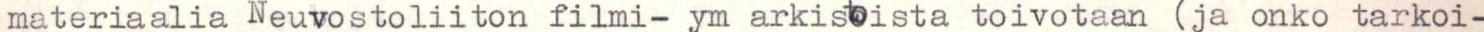
materiaalia Neuvostoliiton filmi- ym arkistoista toivotaan (ja onko tarkoi-